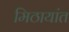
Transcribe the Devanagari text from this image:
मिठायांत